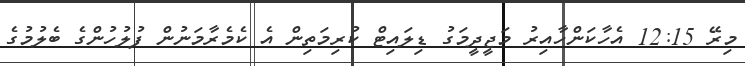
މިރޭ 12:15 އެހާކަންހާއިރު މަޖީދީމަގު ޑިލައިޓް ކުރިމަތިން އެ ކެމެރާމަނުން ފުލުހުންގެ ބެލުމުގެ